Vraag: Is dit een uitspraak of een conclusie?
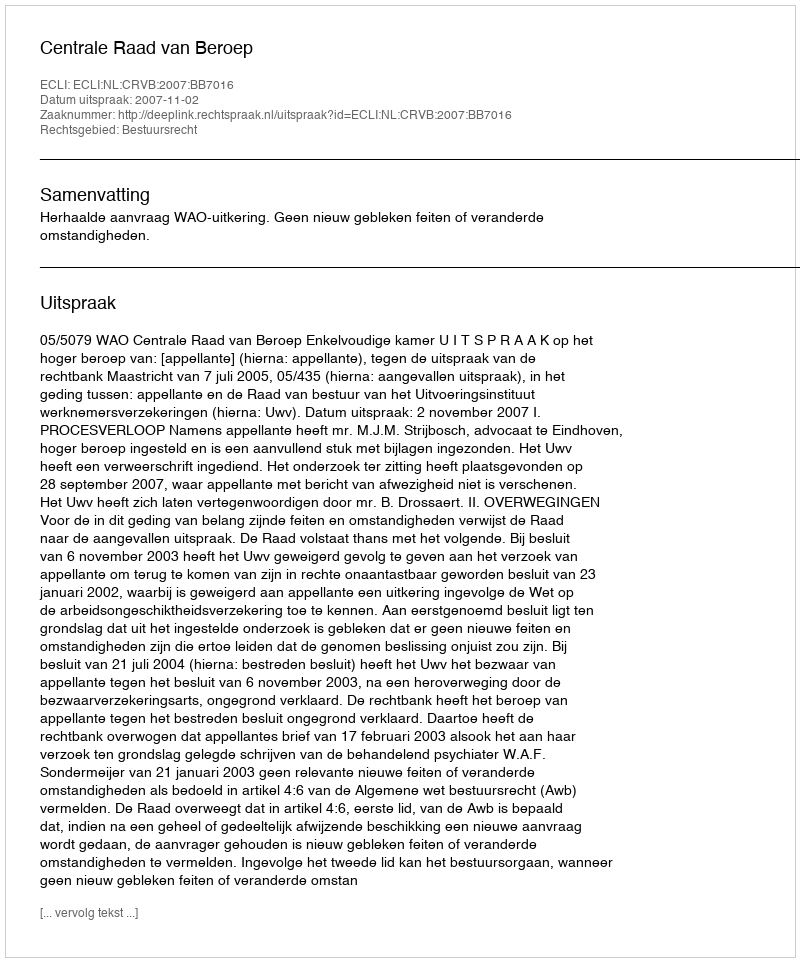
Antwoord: Uitspraak